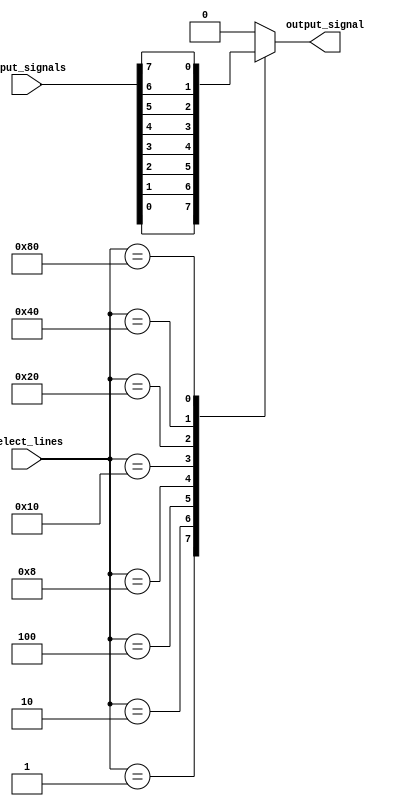
module multiplexer_256x1(
    input [255:0] input_signals,
    input [7:0] select_lines,
    output reg output_signal
);

always @(*)
begin
    case(select_lines)
        8'b00000001: output_signal <= input_signals[0];
        8'b00000010: output_signal <= input_signals[1];
        8'b00000100: output_signal <= input_signals[2];
        8'b00001000: output_signal <= input_signals[3];
        8'b00010000: output_signal <= input_signals[4];
        8'b00100000: output_signal <= input_signals[5];
        8'b01000000: output_signal <= input_signals[6];
        8'b10000000: output_signal <= input_signals[7];
        // Add more cases for the remaining select lines
        default: output_signal <= 8'h0; // Default case
    endcase
end

endmodule